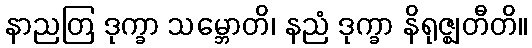
နာညတြ ဒုက္ခာ သမ္ဘောတိ၊ နညံ ဒုက္ခာ နိရုဇ္ဈတီတိ။